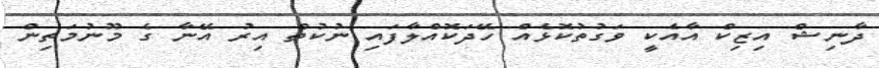
ދާނިޝް އިޒިކް އާއެކީ ވަގުތުކޮޅެއް ހޭދަކޮއްލާފައި ނުކުތް އިރު އޭނާ ގެ މޫނުމަތިން